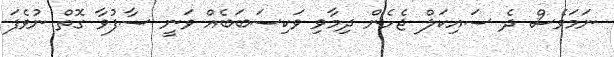
ނަމަވެސް ދެ ސައިކަލް ޖެހެން ދިމާވި ވަކިސަބަބެއް ވަނީ ސާފުވާ ގޮތް ނުވެފަ